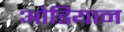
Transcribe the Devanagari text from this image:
ओडियान